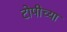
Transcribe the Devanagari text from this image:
टोपीच्या